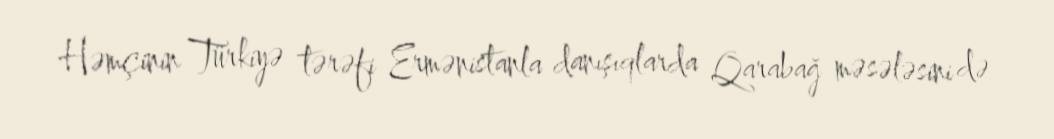
Həmçinin Türkiyə tərəfi Ermənistanla danışıqlarda Qarabağ məsələsini də